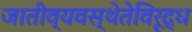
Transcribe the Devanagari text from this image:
जातीव्यवस्थेतेविरूद्ध